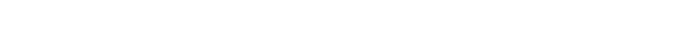
ပဏီတံ၊ ပဏီတကုသိုလ်သည်။ အတ္ထိ၊ ရှိ၏။ ပဏီတသ္မိံပိ၊ ပဏီတကုသိုလ်၌လည်း။